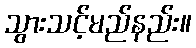
သွားသင့်မည်နည်း။